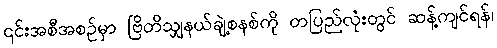
၎င်းအစီအစဉ်မှာ ဗြိတိသျှနယ်ချဲ့စနစ်ကို တပြည်လုံးတွင် ဆန့်ကျင်ရန်၊